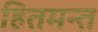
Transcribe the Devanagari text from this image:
हितमन्त